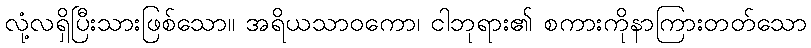
လုံ့လရှိပြီးသားဖြစ်သော။ အရိယသာဝကော၊ ငါဘုရား၏ စကားကိုနာကြားတတ်သော